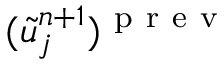
( \tilde { u } _ { j } ^ { n + 1 } ) ^ { \mathrm { ~ p ~ r ~ e ~ v ~ } }